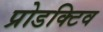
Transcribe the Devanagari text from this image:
प्रोडक्टिव